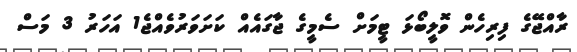
ރާއްޖޭގެ ފިރިހެން ވޮލީބޯޅަ ޓީމަށް ސެމީގެ ޖާގައެއް ކަށަވަރުވެއްޖެ1 އަހަރު 3 މަސް